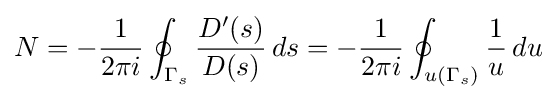
N=-{\frac {1}{2\pi i}}\oint _{\Gamma _{s}}{D'(s) \over D(s)}\,ds=-{\frac {1}{2\pi i}}\oint _{u(\Gamma _{s})}{1 \over u}\,du